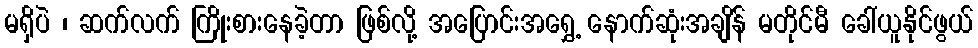
မရှိပဲ ၊ ဆက်လက် ကြိုးစားနေခဲ့တာ ဖြစ်လို့ အပြောင်းအရွှေ့ နောက်ဆုံးအချိန် မတိုင်မီ ခေါ်ယူနိုင်ဖွယ်